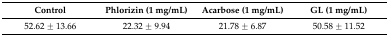
<table><thead><tr><td><b>Control</b></td><td><b>Phlorizin (1 mg/mL)</b></td><td><b>Acarbose (1 mg/mL)</b></td><td><b>GL (1 mg/mL)</b></td></tr></thead><tbody><tr><td>52.62 ± 13.66</td><td>22.32 ± 9.94</td><td>21.78 ± 6.87</td><td>50.58 ± 11.52</td></tr></tbody></table>